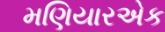
મણિયારએક